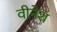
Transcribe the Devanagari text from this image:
वीनेश